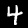
Label: 4